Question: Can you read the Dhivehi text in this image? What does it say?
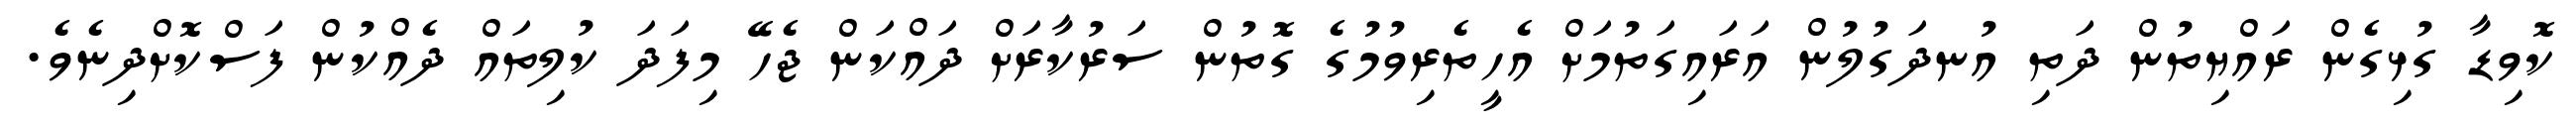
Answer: ކޮވިޑާ ގުޅިގެން ރައްޔިތުން ދަތި އުނދަގުލުން އަރައިގަތުމަށް އެހީތެރިވުމުގެ ގޮތުން ސަރުކާރަށް ދައްކަން ޖެހޭ މިފަދަ ކުލިތައް ދެއްކުން ފަސްކޮށްދިނެވެ.